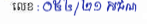
លេខ: ០៥៤/២១ សជណ